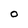
Character: 0